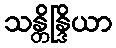
သန္တိန္ဒြိယာ